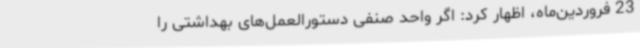
23 فروردین‌ماه، اظهار کرد: اگر واحد صنفی دستورالعمل‌های بهداشتی را